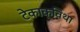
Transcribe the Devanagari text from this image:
टेकाक्विथा